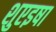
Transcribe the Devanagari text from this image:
शुएइषा